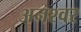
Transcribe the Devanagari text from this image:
अनश्‍वर